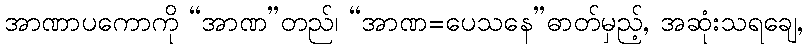
အာဏာပကောကို “အာဏ”တည်၊ “အာဏ=ပေသနေ”ဓာတ်မှည့်, အဆုံးသရချေ,